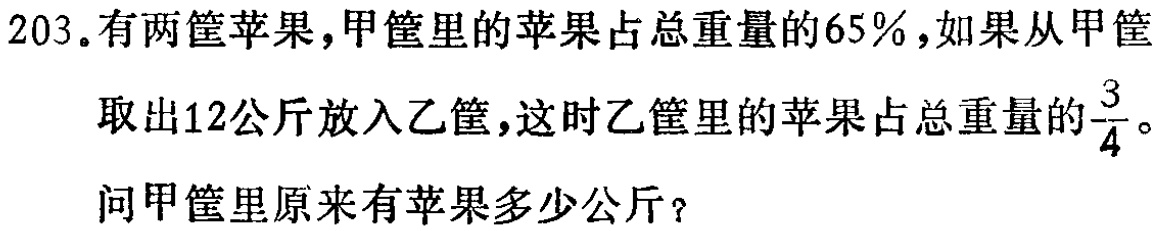
203.有两筐苹果，甲筐里的苹果占总重量的65%，如果从甲筐取出12公斤放入乙筐，这时乙筐里的苹果占总重量的$\frac{3}{4}$。问甲筐里原来有苹果多少公斤？